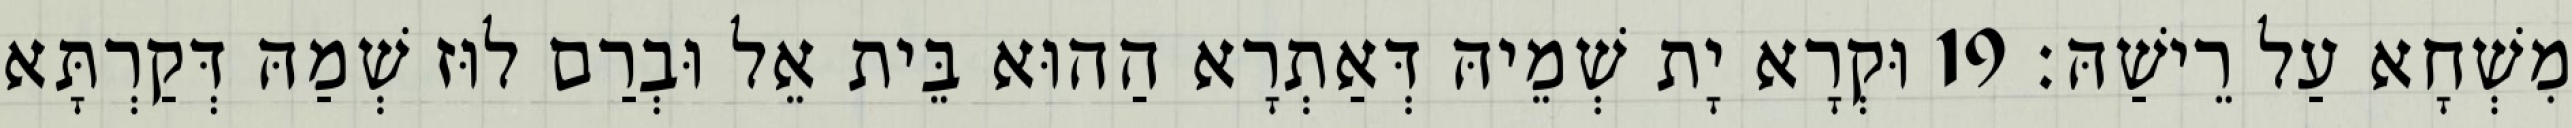
מִשְׁחָא עַל רֵישַׁהּ׃ 19 וּקְרָא יָת שְׁמֵיהּ דְּאַתְרָא הַהוּא בֵּית אֵל וּבְרַם לוּז שְׁמַהּ דְּקַרְתָּא